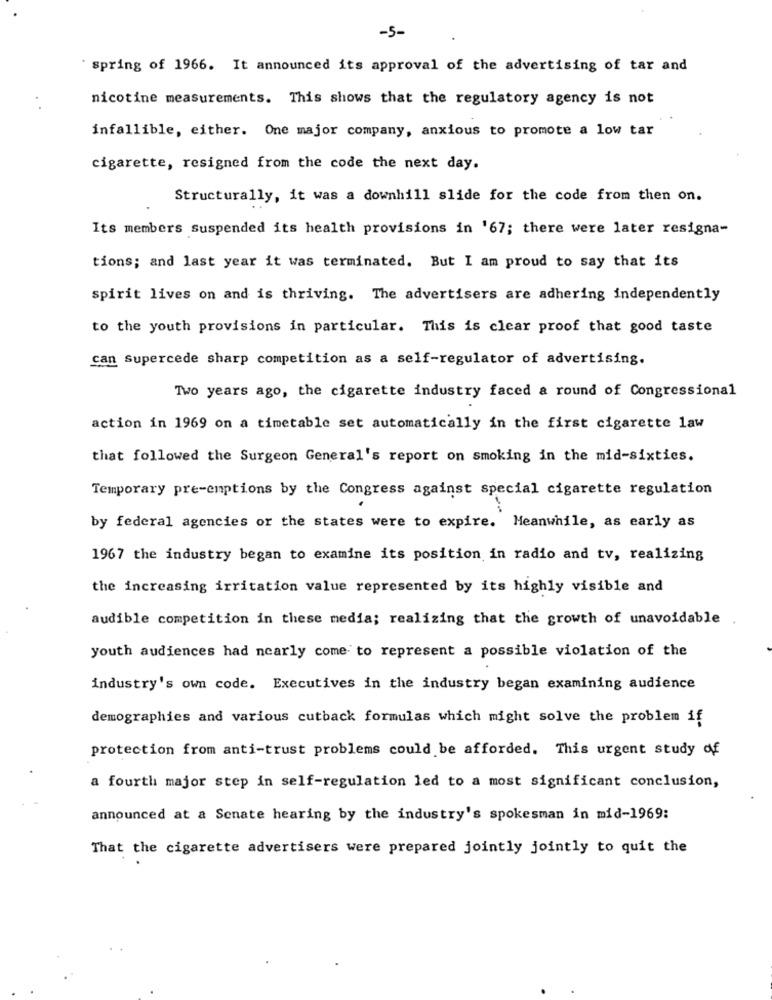
-5-
spring of 1966. It announced its approval of the advertising of tar and
nicotine measurements. This shows that the regulatory agency is not
infallible, either. One major company, anxious to promote a low tar
cigarette, resigned from the code the next day.
Structurally, it was a downhill slide for the code from then on.
Its members suspended its health provisions in '67; there were later resigna-
tions; and last year it was terminated. But I am proud to say that its
spirit lives on and is thriving. The advertisers are adhering independently
to the youth provisions in particular. This is clear proof that good taste
can supercede sharp competition as a self-regulator of advertising.
Two years ago, the cigarette industry faced a round of Congressional
action in 1969 on a timetable set automatically in the first cigarette law
that followed the Surgeon General's report on smoking in the mid-sixtics.
Temporary pre-emptions by the Congress against special cigarette regulation
by federal agencies or the states were to expire. Meanwhile, as early as
1967 the industry began to examine its position in radio and tv, realizing
the increasing irritation value represented by its highly visible and
audible competition in these media; realizing that the growth of unavoidable
youth audiences had nearly come to represent a possible violation of the
industry's own code. Executives in the industry began examining audience
demographics and various cutback formulas which might solve the problem if
protection from anti-trust problems could be afforded. This urgent study of
a fourth major step in self-regulation led to a most significant conclusion,
announced at a Senate hearing by the industry's spokesman in mid-1969:
That the cigarette advertisers were prepared jointly jointly to quit the